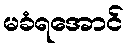
မခံရအောင်